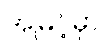
အမြင့်မှာ